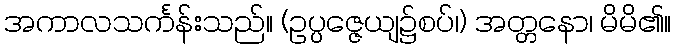
အကာလသင်္ကန်းသည်။ (ဥပ္ပဇ္ဇေယျ၌စပ်၊) အတ္တနော၊ မိမိ၏။